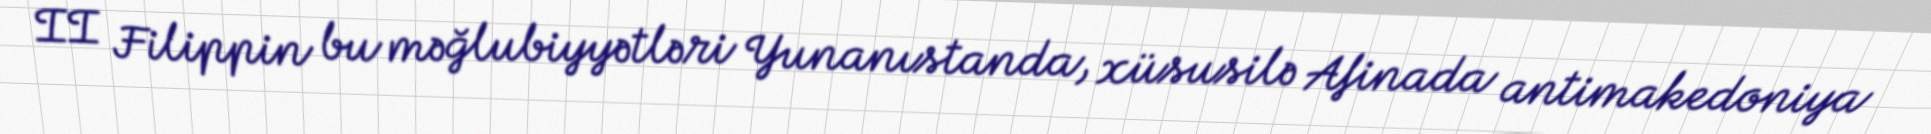
II Filippin bu məğlubiyyətləri Yunanıstanda, xüsusilə Afinada antimakedoniya